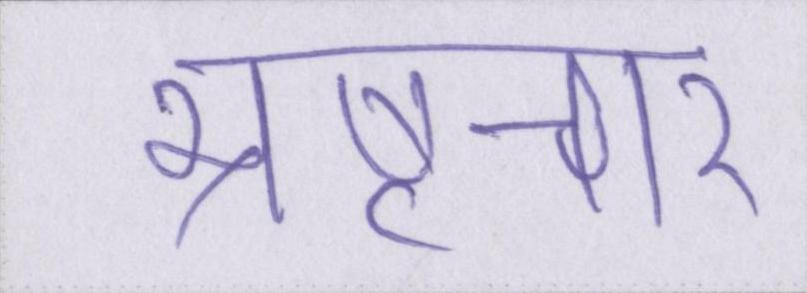
भ्रष्टचार